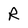
Character: R